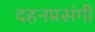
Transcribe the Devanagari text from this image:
दहनप्रसंगी